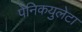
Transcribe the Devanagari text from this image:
पेनिकयुलेटा